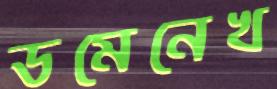
ডমেনেখ